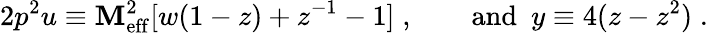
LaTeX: {2p^{2}u}\equiv\mathbf{M}_{\mathrm{{eff}}}^{2}[w(1-z)+z^{-1}-1]\; ,\qquad\mathrm{{and\ \ }}y\equiv4(z-z^{2})\; .